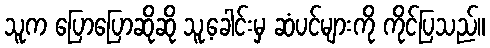
သူက ပြောပြောဆိုဆို သူ့ခေါင်းမှ ဆံပင်များကို ကိုင်ပြသည်။